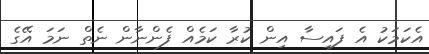
އެކަމަކު އެ ފައިސާ އިން ކުރާ ކަމެއް ފެންނާން ނެތް ނަމަ އޭގެ